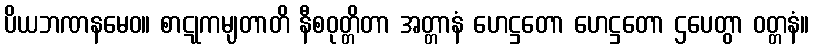
ပိယဘဏနမေဝ။ စာဋုကမျတာတိ နီစဝုတ္တိတာ အတ္တာနံ ဟေဋ္ဌတော ဟေဋ္ဌတော ဌပေတွာ ဝတ္တနံ။